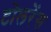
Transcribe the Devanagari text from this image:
टोलरेंस